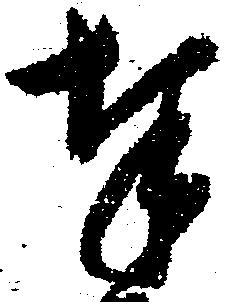
奉